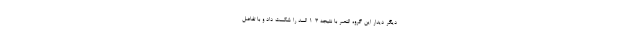
دیگر دیدار این گروه النصر با نتیجه 3-1 السد را شکست داد و با تفاضل